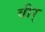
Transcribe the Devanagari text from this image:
वीर्